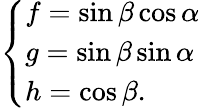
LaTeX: \left\{ \begin{array}{ll}{f=\sin\beta\cos\alpha}\\ {g=\sin\beta\sin\alpha}\\ {h=\cos\beta.}\end{array}\right.